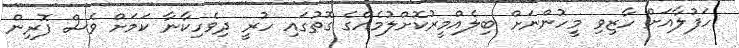
ހަފުލާއަށް ހާޒިވި މީހުންނަށް ބިލެއްމީރުކޮށްލުމެއްގެ ގޮތުގައި ހުރީ ދިވެހިކާނާ ކަމަށް ވެސް ފޮރިން